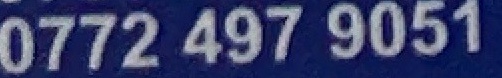
0772 497 9051